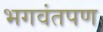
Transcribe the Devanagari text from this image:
भगवंतपण